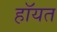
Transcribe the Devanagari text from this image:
हॉयत